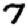
Digit: 7